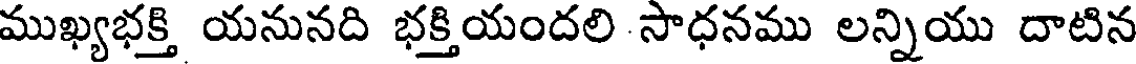
ముఖ్యభక్తి యనునది భక్తియందలి సాధనము లన్నియు దాటిన